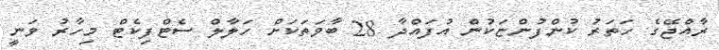
ރާއްޖޭގެ ހަތަރު ކުންފުންޏަކުން އުފައްދާ 28 ބާވަތަކަށް ހަލާލް ސެޓްފިކެޓް މިހާރު ވަނީ